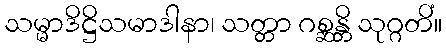
သမ္မာဒိဋ္ဌိသမာဒါနာ၊ သတ္တာ ဂစ္ဆန္တိ သုဂ္ဂတိံ။